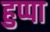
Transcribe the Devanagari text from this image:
हुप्पा